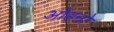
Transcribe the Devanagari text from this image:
ओहनो